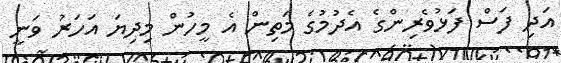
އަދި ފަސް ފަޅުވެރިންގެ އެދުމުގެ މަތިން އެ މީހުން މިދިޔަ އަހަރު ވަނީ